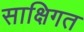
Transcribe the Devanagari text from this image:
साक्षिगत